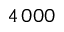
4 \, 0 0 0